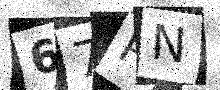
Text: 67RN